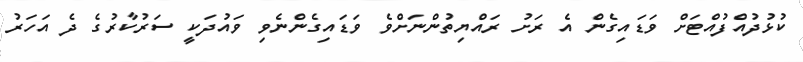
ކުޅުދުއްފުއްޓަށް ވަޑައިގެން އެ ރަށު ރައްޔިތުންނަށްވެ ވަޑައިގެންނެވި ވައުދަކީ ސަރުކާރުގެ ދެ އަހަރު